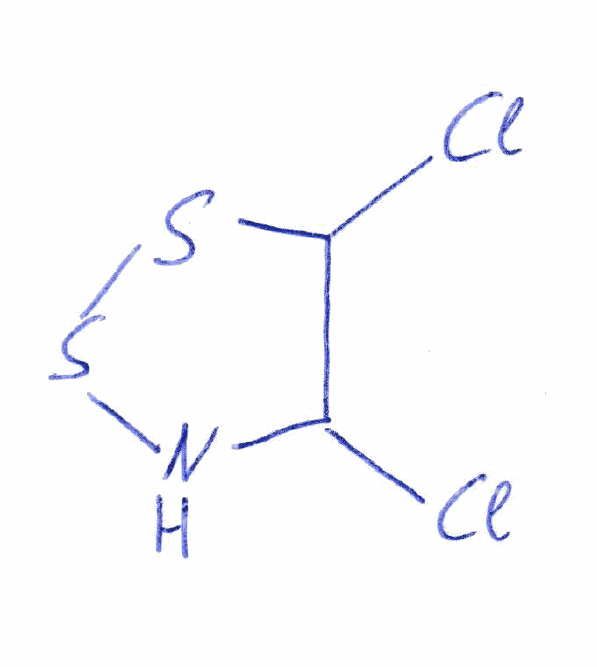
Simplified molecular-input line-entry system (SMILES) notation of the given molecule:
C1(C(SSN1)Cl)Cl